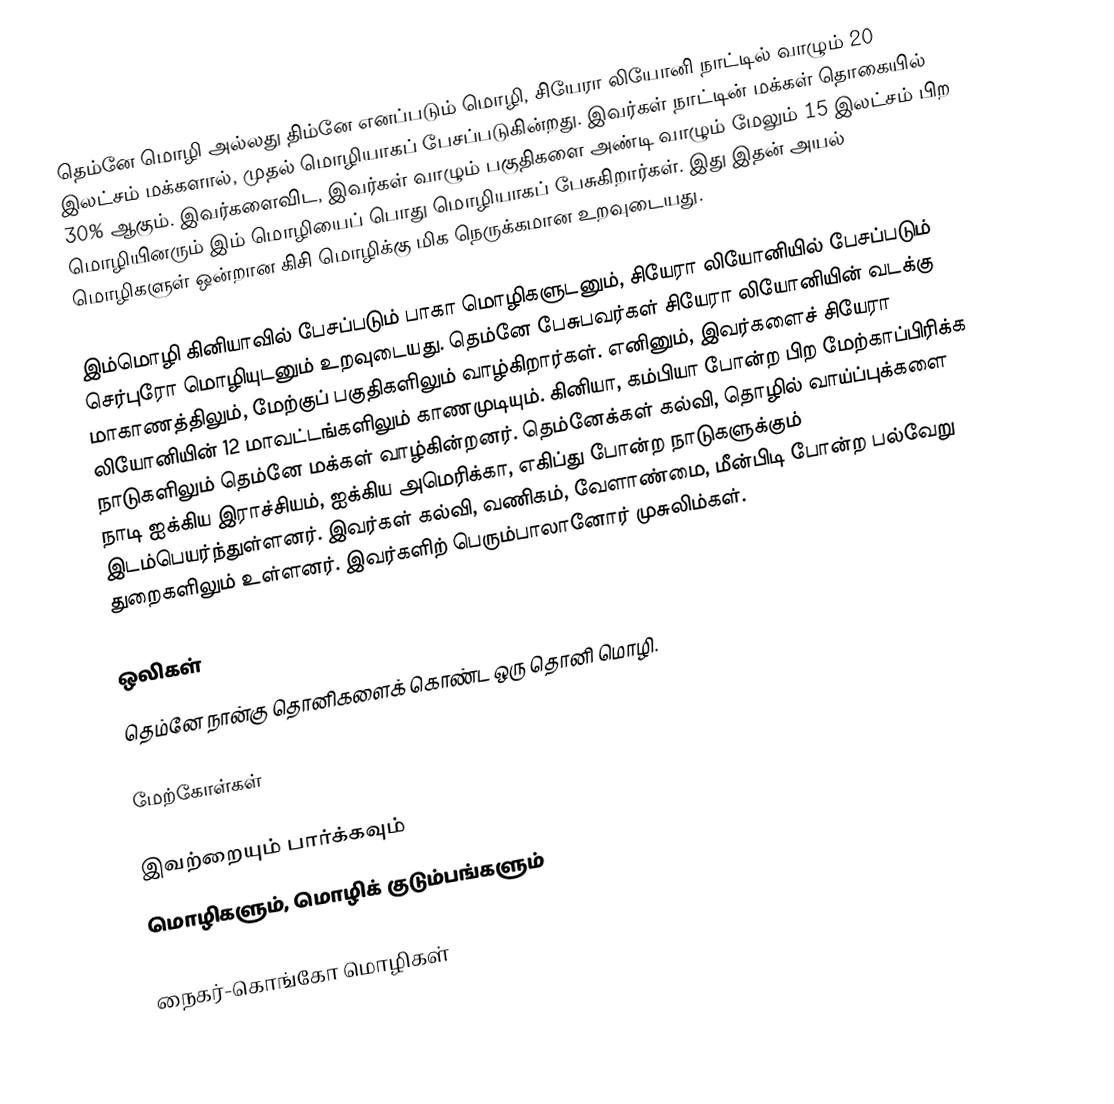
தெம்னே மொழி அல்லது திம்னே எனப்படும் மொழி, சியேரா லியோனி நாட்டில் வாழும் 20 இலட்சம் மக்களால், முதல் மொழியாகப் பேசப்படுகின்றது. இவர்கள் நாட்டின் மக்கள் தொகையில் 30% ஆகும். இவர்களைவிட, இவர்கள் வாழும் பகுதிகளை அண்டி வாழும் மேலும் 15 இலட்சம் பிற மொழியினரும் இம் மொழியைப் பொது மொழியாகப் பேசுகிறார்கள். இது இதன் அயல் மொழிகளுள் ஒன்றான கிசி மொழிக்கு மிக நெருக்கமான உறவுடையது.

இம்மொழி கினியாவில் பேசப்படும் பாகா மொழிகளுடனும், சியேரா லியோனியில் பேசப்படும் செர்புரோ மொழியுடனும் உறவுடையது. தெம்னே பேசுபவர்கள் சியேரா லியோனியின் வடக்கு மாகாணத்திலும், மேற்குப் பகுதிகளிலும் வாழ்கிறார்கள். எனினும், இவர்களைச் சியேரா லியோனியின் 12 மாவட்டங்களிலும் காணமுடியும். கினியா, கம்பியா போன்ற பிற மேற்காப்பிரிக்க நாடுகளிலும் தெம்னே மக்கள் வாழ்கின்றனர். தெம்னேக்கள் கல்வி, தொழில் வாய்ப்புக்களை நாடி ஐக்கிய இராச்சியம், ஐக்கிய அமெரிக்கா, எகிப்து போன்ற நாடுகளுக்கும் இடம்பெயர்ந்துள்ளனர். இவர்கள் கல்வி, வணிகம், வேளாண்மை, மீன்பிடி போன்ற பல்வேறு துறைகளிலும் உள்ளனர். இவர்களிற் பெரும்பாலானோர் முசுலிம்கள்.

ஒலிகள்
தெம்னே நான்கு தொனிகளைக் கொண்ட ஒரு தொனி மொழி.

மேற்கோள்கள்

இவற்றையும் பார்க்கவும்
 மொழிகளும், மொழிக் குடும்பங்களும்

நைகர்-கொங்கோ மொழிகள்